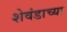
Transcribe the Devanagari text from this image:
शेवंडाच्या